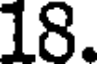
18.